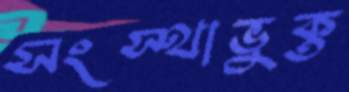
সংস্থাভুক্ত